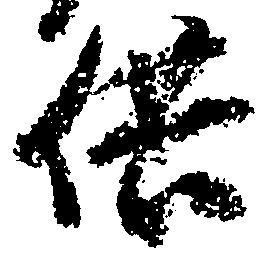
供